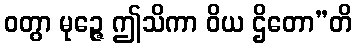
ဝတွာ မုဉ္ဇေ ဤသိကာ ဝိယ ဌိတော”တိ